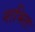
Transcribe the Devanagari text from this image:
नाभितः